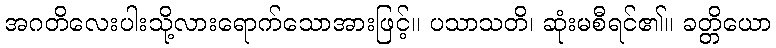
အဂတိလေးပါးသို့လားရောက်သောအားဖြင့်။ ပသာသတိ၊ ဆုံးမစီရင်၏။ ခတ္တိယော